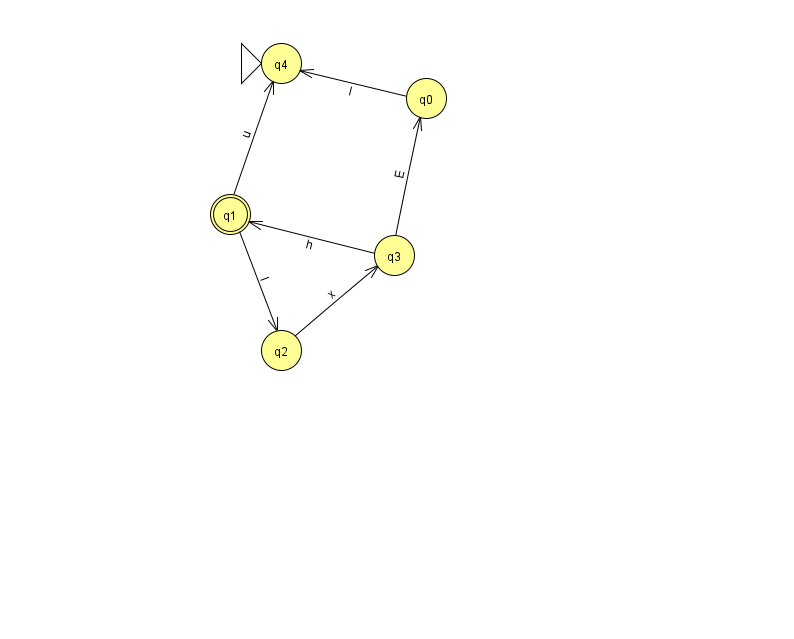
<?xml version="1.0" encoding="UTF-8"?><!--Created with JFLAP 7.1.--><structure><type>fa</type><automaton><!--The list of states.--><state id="0" name="q0"><x>426.0</x><y>85.0</y></state><state id="1" name="q1"><x>230.0</x><y>201.0</y><final/></state><state id="2" name="q2"><x>281.0</x><y>337.0</y></state><state id="3" name="q3"><x>394.0</x><y>242.0</y></state><state id="4" name="q4"><x>281.0</x><y>50.0</y><initial/></state><!--The list of transitions.--><transition><from>3</from><to>0</to><read>E</read></transition><transition><from>0</from><to>4</to><read>l</read></transition><transition><from>2</from><to>3</to><read>x</read></transition><transition><from>1</from><to>2</to><read>I</read></transition><transition><from>3</from><to>1</to><read>h</read></transition><transition><from>1</from><to>4</to><read>u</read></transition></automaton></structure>